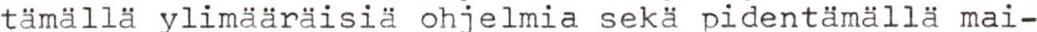
tämällä ylimääräisiä ohjelmia sekä pidentämällä mai-